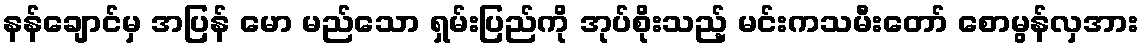
နန်ချောင်မှ အပြန် မော မည်သော ရှမ်းပြည်ကို အုပ်စိုးသည့် မင်းကသမီးတော် စောမွန်လှအား